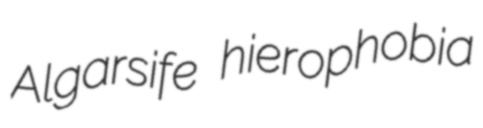
Algarsife hierophobia